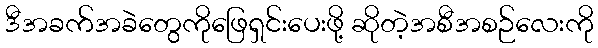
ဒီအခက်အခဲတွေကိုဖြေရှင်းပေးဖို့ ဆိုတဲ့အစီအစဉ်လေးကို